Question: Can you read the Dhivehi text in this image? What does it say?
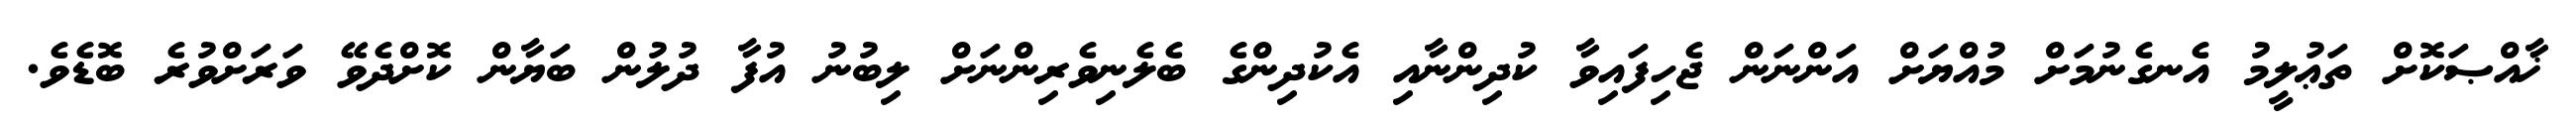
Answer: ޚާއްޞަކޮށް ތަޢުލީމު އެނގެނުމަށް މުއްޔަށް އަންނަން ޖެހިފައިވާ ކުދިންނާއި އެކުދިންގެ ބެލެނިވެރިންނަށް ލިބުނު އުފާ ދުލުން ބަޔާން ކޮށްދެވޭ ވަރަށްވުރެ ބޮޑެވެ.